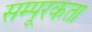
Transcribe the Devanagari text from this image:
सम्पूरकता